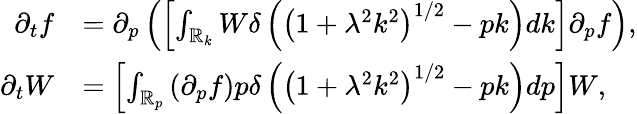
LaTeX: \begin{array}{rl}{\partial_{t}f}&{=\partial_{p}\left(\left[\int_{\mathbb{R}_{k}}W\delta\left(\left(1+\lambda^{2}k^{2}\right)^{1/2}-pk\right)dk\right]\partial_{p}f\right),}\\ {\partial_{t}W}&{=\left[\int_{\mathbb{R}_{p}}\left(\partial_{p}f\right)p\delta\left(\left(1+\lambda^{2}k^{2}\right)^{1/2}-pk\right)dp\right]W,}\end{array}